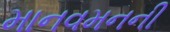
માનવમનની